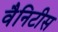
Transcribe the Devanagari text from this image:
वैनिटीस